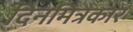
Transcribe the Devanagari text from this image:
दिनमित्रकार